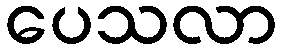
ပေသလာ